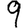
Digit: 9